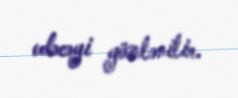
edəcəyi gözlənilir.